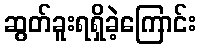
ဆွတ်ခူးရရှိခဲ့ကြောင်း